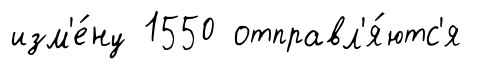
изм'е́ну 1550 отправл'я́ютс'я